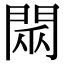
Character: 𨴖